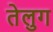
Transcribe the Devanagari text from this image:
तेलुग